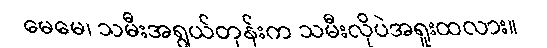
မေမေ၊ သမီးအရွယ်တုန်းက သမီးလိုပဲအရူးထလား။